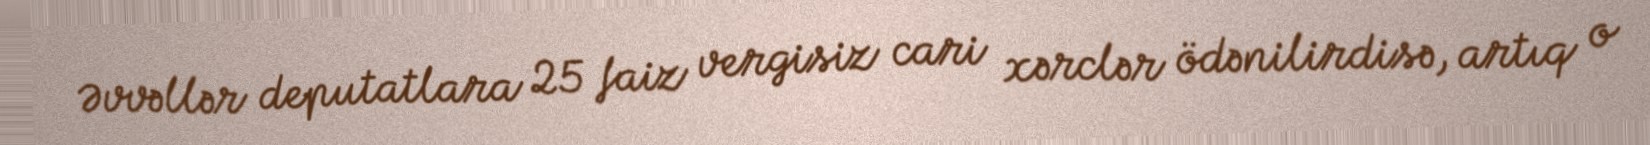
Əvvəllər deputatlara 25 faiz vergisiz cari xərclər ödənilirdisə, artıq o